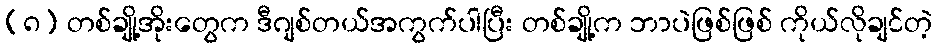
(၈) တစ်ချို့အိုးတွေက ဒီဂျစ်တယ်အကွက်ပါပြီး တစ်ချို့က ဘာပဲဖြစ်ဖြစ် ကိုယ်လိုချင်တဲ့